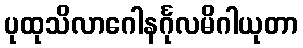
ပုထုသိလာဂေါနင်္ဂုလမိဂါယုတာ